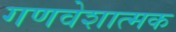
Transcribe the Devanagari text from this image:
गणवेशात्मक